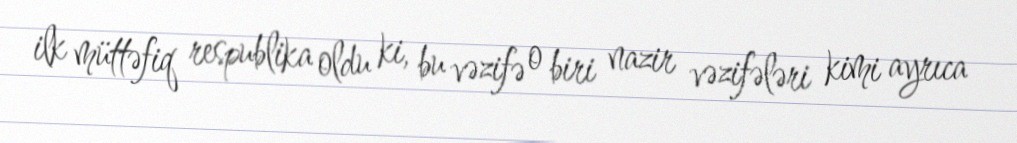
ilk müttəfiq respublika oldu ki, bu vəzifə o biri nazir vəzifələri kimi ayrıca